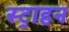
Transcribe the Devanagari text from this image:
स्ट्राहन